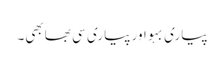
پیاری بہو اور پیاری سی بھابھی۔